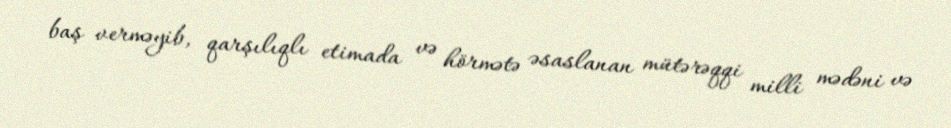
baş verməyib, qarşılıqlı etimada və hörmətə əsaslanan mütərəqqi milli mədəni və